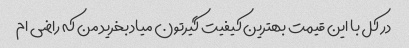
در کل با این قیمت بهترین کیفیت گیرتون میاد بخرید من که راضی ام